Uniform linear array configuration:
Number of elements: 64
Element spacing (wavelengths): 0.75
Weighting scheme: blackman
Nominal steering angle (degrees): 60
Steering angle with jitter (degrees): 58.308
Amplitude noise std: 0.05
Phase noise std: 0.05

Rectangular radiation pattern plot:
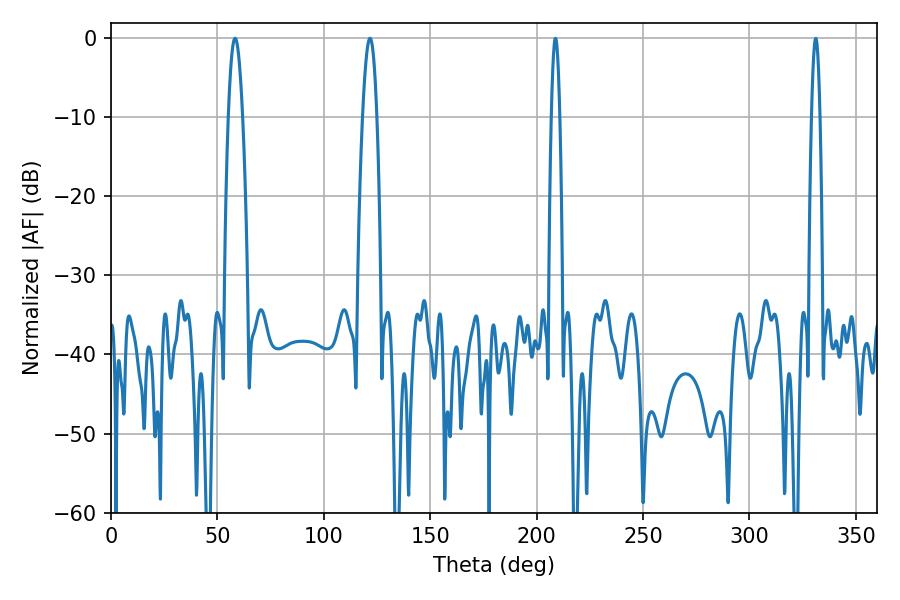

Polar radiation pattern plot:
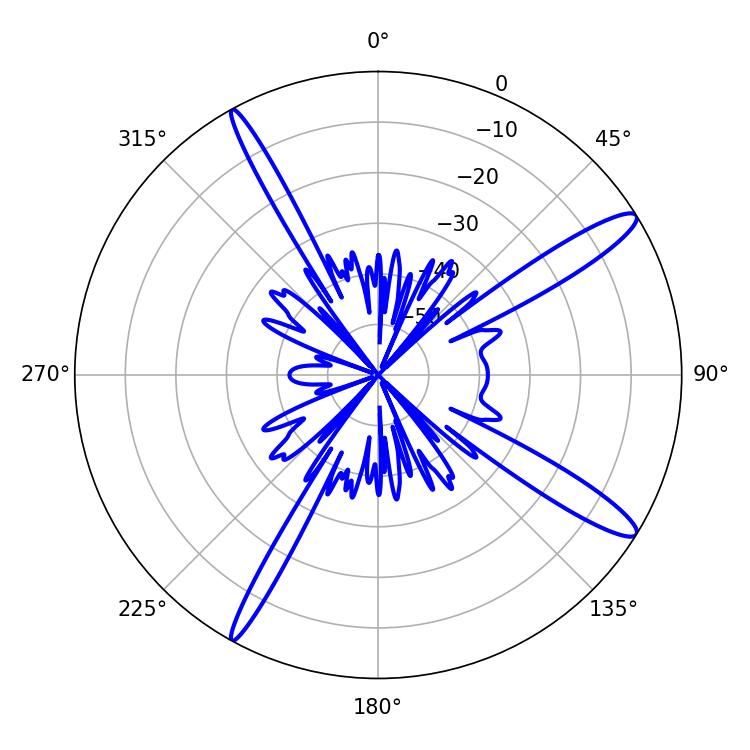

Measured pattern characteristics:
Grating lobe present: TRUE
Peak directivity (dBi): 14.051
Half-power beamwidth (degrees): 3.6
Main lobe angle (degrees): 121.68